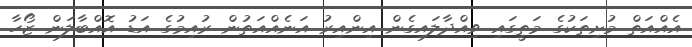
އެއްއަތް މުށިތަކުގެ މަތީގައި ވިއްދާލައިގެން އިންއިރު އަނެއްއަތުން ރުއިމުގެ އަޑު އޮއްބާލަން ޒޯހާ